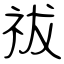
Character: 祓